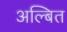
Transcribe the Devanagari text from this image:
अल्बित